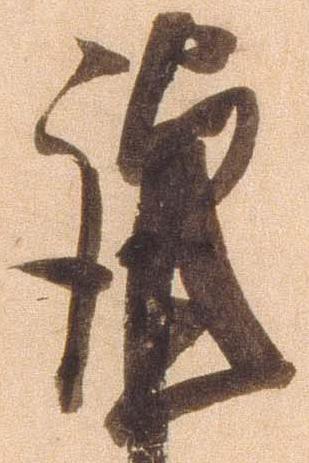
謹